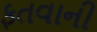
ફતવાની